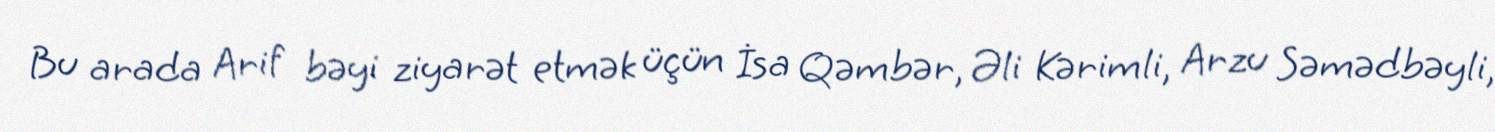
Bu arada Arif bəyi ziyarət etmək üçün İsa Qəmbər, Əli Kərimli, Arzu Səmədbəyli,